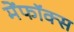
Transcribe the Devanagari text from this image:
मेंफॉक्स